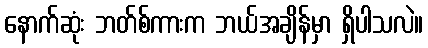
နောက်ဆုံး ဘတ်စ်ကားက ဘယ်အချိန်မှာ ရှိပါသလဲ။